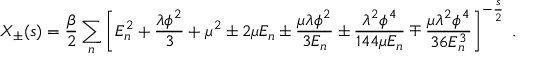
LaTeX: X _ { \pm } ( s ) = \frac { \beta } { 2 } \sum _ { n } \left[ E _ { n } ^ { 2 } + \frac { \lambda \phi ^ { 2 } } { 3 } + \mu ^ { 2 } \pm 2 \mu E _ { n } \pm \frac { \mu \lambda \phi ^ { 2 } } { 3 E _ { n } } \pm \frac { \lambda ^ { 2 } \phi ^ { 4 } } { 1 4 4 \mu E _ { n } } \mp \frac { \mu \lambda ^ { 2 } \phi ^ { 4 } } { 3 6 E _ { n } ^ { 3 } } \right] ^ { - \frac { s } { 2 } } \; .